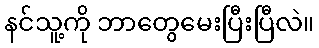
နင်သူ့ကို ဘာတွေမေးပြီးပြီလဲ။